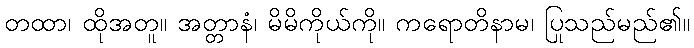
တထာ၊ ထိုအတူ။ အတ္တာနံ၊ မိမိကိုယ်ကို။ ကရောတိနာမ၊ ပြုသည်မည်၏။